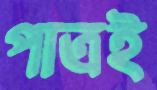
পাত্রই